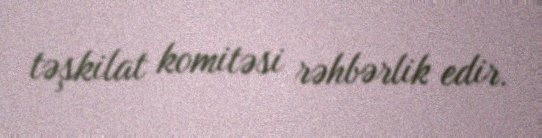
təşkilat komitəsi rəhbərlik edir.